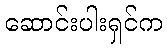
ဆောင်းပါးရှင်က